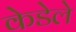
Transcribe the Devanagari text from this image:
केडेले